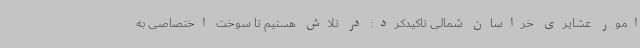
امور عشایری خراسان شمالی تاکیدکرد: در تلاش هستیم تا سوخت اختصاصی به